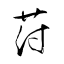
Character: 苻